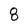
Character: 8